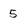
Character: 5